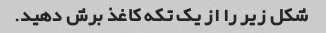
شکل زیر را از یک تکه کاغذ برش دهید.